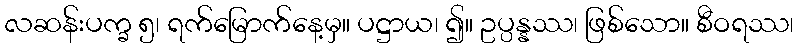
လဆန်းပက္ခ ၅၊ ရက်မြောက်နေ့မှ။ ပဋ္ဌာယ၊ ၍။ ဥပ္ပန္နဿ၊ ဖြစ်သော။ စီဝရဿ၊